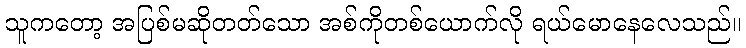
သူကတော့ အပြစ်မဆိုတတ်သော အစ်ကိုတစ်ယောက်လို ရယ်မောနေလေသည်။